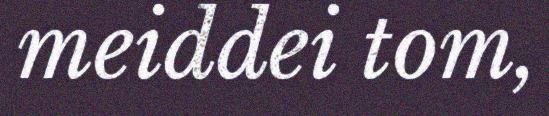
meiddei tom,